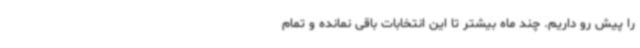
را پیش رو داریم. چند ماه بیشتر تا این انتخابات باقی نمانده و تمام